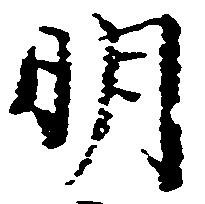
明